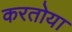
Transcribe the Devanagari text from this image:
करतोया